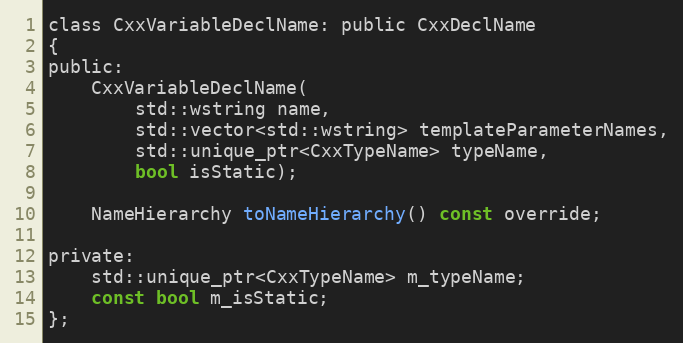
Language: C
class CxxVariableDeclName: public CxxDeclName
{
public:
	CxxVariableDeclName(
		std::wstring name,
		std::vector<std::wstring> templateParameterNames,
		std::unique_ptr<CxxTypeName> typeName,
		bool isStatic);

	NameHierarchy toNameHierarchy() const override;

private:
	std::unique_ptr<CxxTypeName> m_typeName;
	const bool m_isStatic;
};